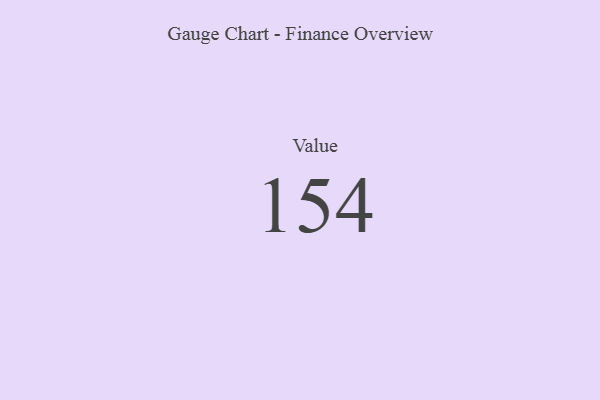
{"axis": {"x": "Metric", "y": "Value"}, "legend": [""], "data": [{"x": "Value", "y": 154, "type": ""}]}